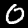
Label: 0